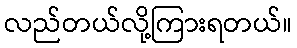
လည်တယ်လို့ကြားရတယ်။